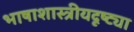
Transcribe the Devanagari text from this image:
भाषाशास्त्रीयदृष्ट्या